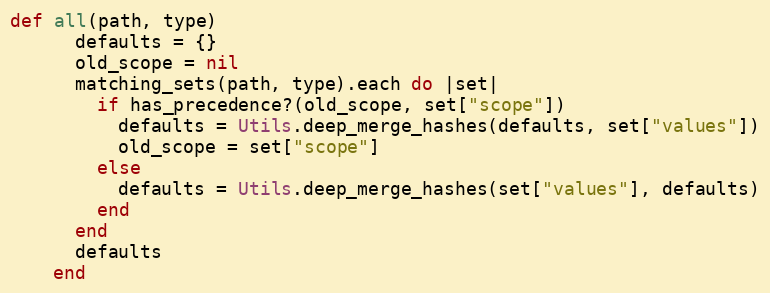
Language: Ruby
def all(path, type)
      defaults = {}
      old_scope = nil
      matching_sets(path, type).each do |set|
        if has_precedence?(old_scope, set["scope"])
          defaults = Utils.deep_merge_hashes(defaults, set["values"])
          old_scope = set["scope"]
        else
          defaults = Utils.deep_merge_hashes(set["values"], defaults)
        end
      end
      defaults
    end